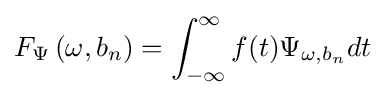
F_{\Psi }\left(\omega ,b_{n}\right)=\int _{-\infty }^{\infty }f(t)\Psi _{\omega ,b_{n}}dt